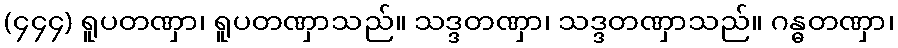
(၄၄၄) ရူပတဏှာ၊ ရူပတဏှာသည်။ သဒ္ဒတဏှာ၊ သဒ္ဒတဏှာသည်။ ဂန္ဓတဏှာ၊